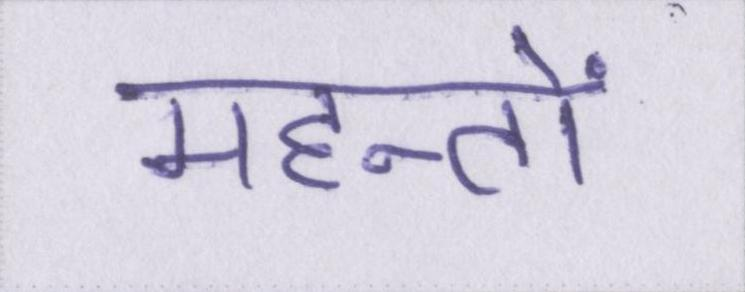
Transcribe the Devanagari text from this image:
महन्तों